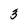
Character: 3